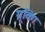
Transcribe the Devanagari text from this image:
ग्रूविंग